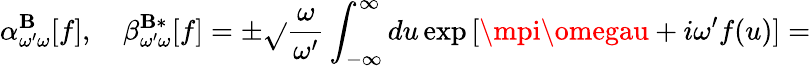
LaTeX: \alpha_{\omega^{\prime}\omega}^{\mathbf{B}}[f],\quad\beta_{\omega^{\prime}\omega}^{\mathbf{B}*}[f]=\pm\sqrt{}{{\frac{{\omega}}{{\omega^{\prime}}}}}\int_{-\infty}^{\infty}du\exp\, [\mpi\omegau+i\omega^{\prime}f(u)]=